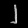
Digit: ၂